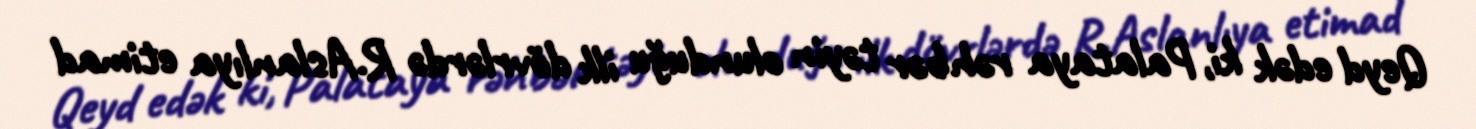
Qeyd edək ki, Palataya rəhbər təyin olunduğu ilk dövrlərdə R.Aslanlıya etimad